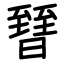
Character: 㬜